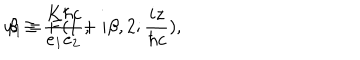
LaTeX: u _ { 1 } = F ( 1 + i { \beta } , 2 ; \frac { i z } { { \hbar } c } ) , \hspace { 1 c m } \beta \equiv \frac { K { \hbar } c } { e _ { 1 } e _ { 2 } } ,